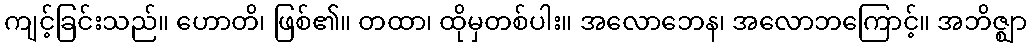
ကျင့်ခြင်းသည်။ ဟောတိ၊ ဖြစ်၏။ တထာ၊ ထိုမှတစ်ပါး။ အလောဘေန၊ အလောဘကြောင့်။ အဘိဇ္ဈာ